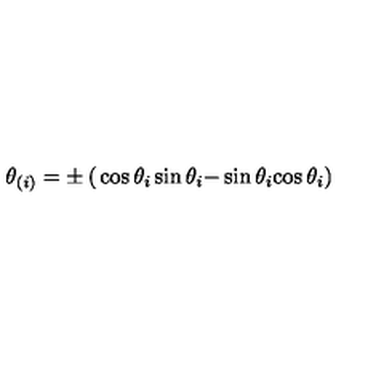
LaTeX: \theta _ { ( i ) } = \pm \left( \begin{matrix} { \cos \theta _ { i } } & { \sin \theta _ { i } } \\ { - \sin \theta _ { i } } & { \cos \theta _ { i } } \\ \end{matrix} \right)